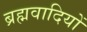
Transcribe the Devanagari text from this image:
ब्रह्मवादियों